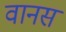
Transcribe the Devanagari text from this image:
वानस